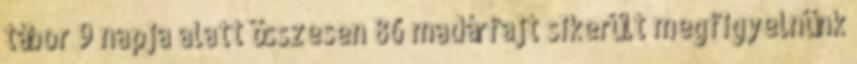
tábor 9 napja alatt összesen 86 madárfajt sikerült megfigyelnünk